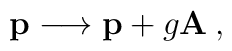
{\bf p} \longrightarrow {\bf p} +g{\bf A} \> ,